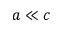
a \ll c